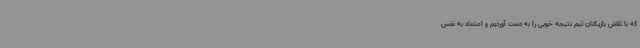
که با تلاش بازیکنان تیم نتیجه خوبی را به دست آوردیم و اعتماد به نفس